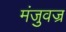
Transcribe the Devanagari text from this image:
मंजुवज्र